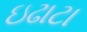
ઇઢાટા